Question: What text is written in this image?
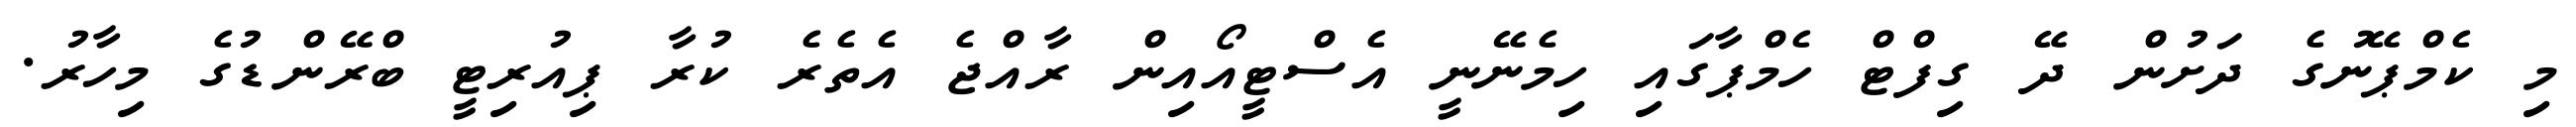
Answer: މި ކެމްޕޭނުގެ ދަށުން ދޭ ގިފްޓް ހެމްޕާގައި ހިމެނޭނީ އެސްޓީއޯއިން ރާއްޖެ އެތެރެ ކުރާ ޕިއުރިޓީ ބްރޭންޑުގެ މިހާރު.